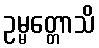
ဥမ္မတ္တောသိ